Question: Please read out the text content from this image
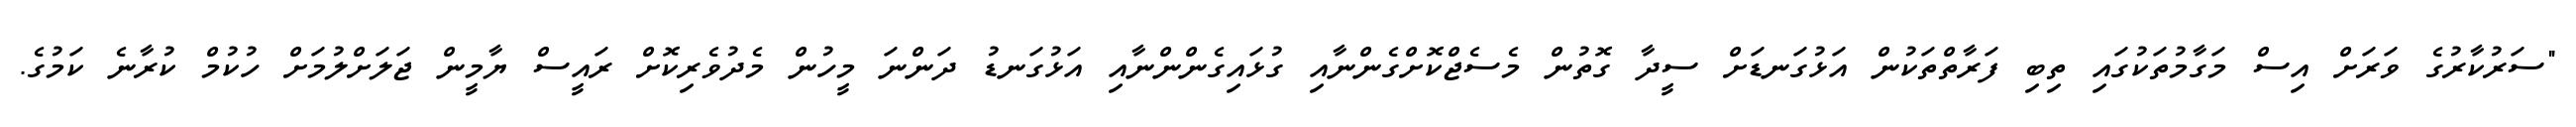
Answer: "ސަރުކާރުގެ ވަރަށް އިސް މަގާމުތަކުގައި ތިބި ފަރާތްތަކުން އަޅުގަނޑަށް ސީދާ ގޮތުން މެސެޖްކޮށްގެންނާއި ގުޅައިގެންންނާއި އަޅުގަނޑު ދަންނަ މީހުން މެދުވެރިކޮށް ރައީސް ޔާމީން ޖަލަށްލުމަށް ހުކުމް ކުރާނެ ކަމުގެ.